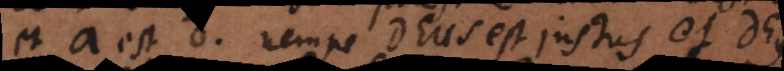
et a est d, nempe Deus est justus et Deus